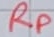
Text: RP